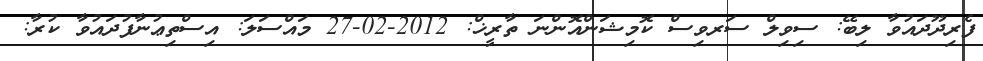
ފެރިދޫދައުވާ ލިބޭ: ސިވިލް ސަރވިސް ކޮމިޝަންއޮންނަ ތާރީޚް: 2012-02-27 މައްސަލަ: އިސްތިޢުނާފުދައުވާ ކުރާ: